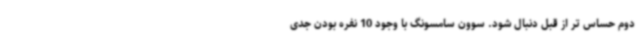
دوم حساس تر از قبل دنبال شود. سوون سامسونگ با وجود 10 نفره بودن جدی